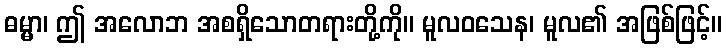
ဓမ္မာ၊ ဤ အလောဘ အစရှိသောတရားတို့ကို။ မူလဝသေန၊ မူလ၏ အဖြစ်ဖြင့်။